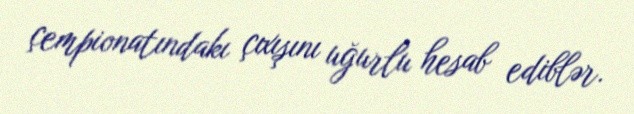
çempionatındakı çıxışını uğurlu hesab ediblər.